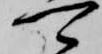
可